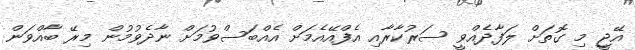
އޭޖީ މި ގޮތަށް ލަފާދެއްވީ ސަރުކާރާއި އެފްއޭއެމަށް އެއްބަސްވުމަށް ނާދެވުމުން މިރޭ ބާއްވަން